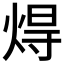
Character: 𤊢